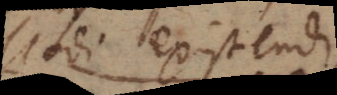
modi existendi,